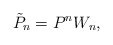
\begin{align*}\tilde{P}_n=P^n W_n, \end{align*}